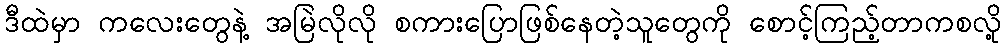
ဒီထဲမှာ ကလေးတွေနဲ့ အမြဲလိုလို စကားပြောဖြစ်နေတဲ့သူတွေကို စောင့်ကြည့်တာကစလို့